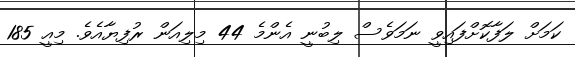
ކަމަށް ލަފާކޮށްފައިވީ ނަމަވެސް ލިބުނީ އެންމެ 44 މިލިއަން ރުފިޔާއެވެ. މިއީ 185